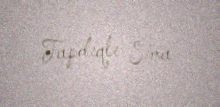
Tapdıqlı Sima